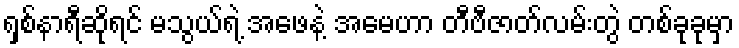
ရှစ်နာရီဆိုရင် မသွယ်ရဲ့ အဖေနဲ့ အမေဟာ တီဗီဇာတ်လမ်းတွဲ တစ်ခုခုမှာ